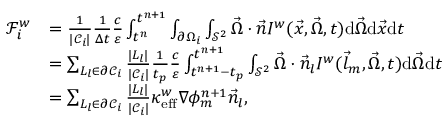
\begin{array} { r l } { \mathcal { F } _ { i } ^ { w } } & { = \frac { 1 } { | \mathcal { C } _ { i } | } \frac { 1 } { \Delta t } \frac { c } { \varepsilon } \int _ { t ^ { n } } ^ { t ^ { n + 1 } } \int _ { \partial \Omega _ { i } } \int _ { \mathcal { S } ^ { 2 } } \vec { \Omega } \cdot \vec { n } I ^ { w } ( \vec { x } , \vec { \Omega } , t ) \mathrm { d } \vec { \Omega } \mathrm { d } \vec { x } \mathrm { d } t } \\ & { = \sum _ { L _ { l } \in \partial \mathcal { C } _ { i } } \frac { | L _ { l } | } { | \mathcal { C } _ { i } | } \frac { 1 } { t _ { p } } \frac { c } { \varepsilon } \int _ { t ^ { n + 1 } - t _ { p } } ^ { t ^ { n + 1 } } \int _ { \mathcal { S } ^ { 2 } } \vec { \Omega } \cdot \vec { n } _ { l } I ^ { w } ( \vec { l } _ { m } , \vec { \Omega } , t ) \mathrm { d } \vec { \Omega } \mathrm { d } t } \\ & { = \sum _ { L _ { l } \in \partial \mathcal { C } _ { i } } \frac { | L _ { l } | } { | \mathcal { C } _ { i } | } \kappa _ { \mathrm { e f f } } ^ { w } \nabla \phi _ { m } ^ { n + 1 } \vec { n } _ { l } , } \end{array}